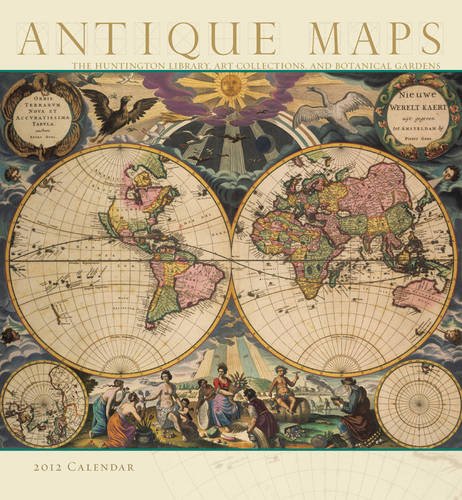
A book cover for Antique Maps 2012 Calendar (Wall Calendar); The Huntington Library; Calendars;